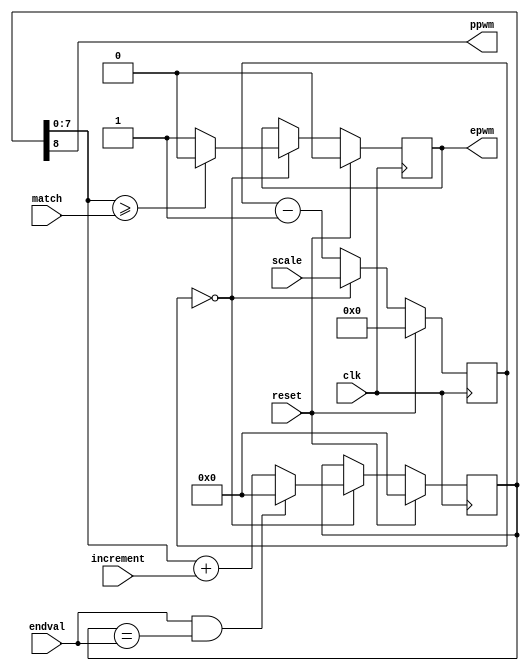
module pwmblock #(parameter CNT_WIDTH=8, DIV_WIDTH=8)
(input clk, input reset,
 input [CNT_WIDTH-1:0] increment, input [CNT_WIDTH-1:0] endval, input [CNT_WIDTH-1:0] match,
 input [DIV_WIDTH-1:0] scale, output reg epwm, output ppwm);

  reg [DIV_WIDTH-1:0] prescale;  // clock divider count down
  reg [CNT_WIDTH:0] counter;     // PWM counter (1 bit longer than actual count)

  assign ppwm=counter[CNT_WIDTH];  // proprotional output is carry bit

// Handle clock prescale
  always @(posedge clk)
    if (reset)
      prescale<=0;
    else
        if (prescale==0) prescale<=scale; else prescale<=prescale-1;
 
// Calculate equal area PWM
  always @(posedge clk)
    if (reset)
      epwm<=1'b0;
  else if (prescale==0)
    if (counter[CNT_WIDTH-1:0]>=match) epwm<=1'b0; else epwm<=1'b1;

// Add to counter
  always @(posedge clk)
    if (reset)
      counter<=0;
    else if (prescale==0)
      if (endval && counter=={ 1'b0, endval}) counter<=0;
  else counter<= { 1'b0, counter[CNT_WIDTH-1:0] } + { 1'b0, increment};


   
endmodule
module epwmblock #(parameter CNT_WIDTH=8, DIV_WIDTH=8)
  (input clk, input reset, input [CNT_WIDTH-1:0] endval,
   input [CNT_WIDTH-1:0] match, input [DIV_WIDTH-1:0] scale, output pwm);
  pwmblock #(.CNT_WIDTH(CNT_WIDTH), .DIV_WIDTH(DIV_WIDTH)) pwmb(clk,reset,1,endval,match,scale,pwm,);
endmodule
module ppwmblock #(parameter CNT_WIDTH=8, DIV_WIDTH=8)
  (input clk, input reset, input [CNT_WIDTH-1:0] duty, input [DIV_WIDTH-1:0] scale, output pwm);
  pwmblock #(.CNT_WIDTH(CNT_WIDTH), .DIV_WIDTH(DIV_WIDTH)) pwmb(clk,reset,duty,0,0,scale,,pwm);
endmodule